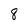
Character: 8